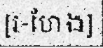
[រ-ហែង]